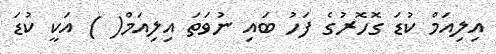
އިލިއަމް ކުޑަ ގޮހޮރުގެ ފަހު ބައި ނުވަތަ އިލިއަމް( ) އަކީ ކުޑަ